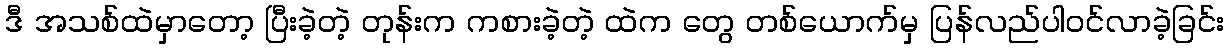
ဒီ အသစ်ထဲမှာတော့ ပြီးခဲ့တဲ့ တုန်းက ကစားခဲ့တဲ့ ထဲက တွေ တစ်ယောက်မှ ပြန်လည်ပါဝင်လာခဲ့ခြင်း